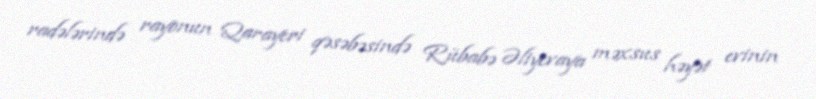
radələrində rayonun Qarayeri qəsəbəsində Rübabə Əliyevaya məxsus həyət evinin